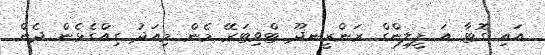
އައި ގޮޓާ އަ ފީލިންގް ރަންރީނދޫ ޓްވިޓަރޭ މެން މިއަދު ގިއްގެޅެން ދެން